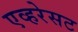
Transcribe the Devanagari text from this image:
एव्हरेसट